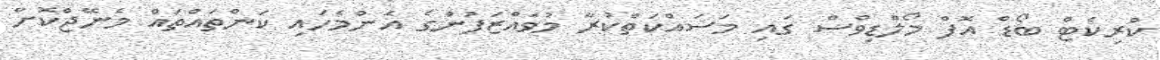
ކްރިކެޓް ބޯޑް އޮފް މޯލްޑިވްސް ގައި މަސައްކަތްކުރާ މުވައްޒަފުންގެ އެންމެހައި ކަންތައްތައް މެނޭޖްކޮށް